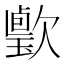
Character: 𣤦